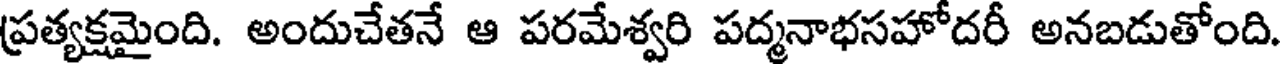
ప్రత్యక్షమైంది. అందుచేతనే ఆ పరమేశ్వరి పద్మనాభసహోదరీ అనబడుతోంది.